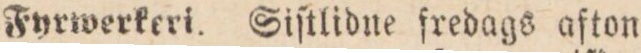
Fyrwerkeri. Siſtlidne fredags afton